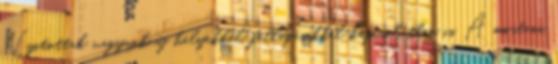
Nyitottak vagyunk új helyekkel, fellépésekkel kapcsolatban is. A mostani